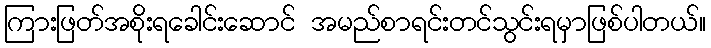
ကြားဖြတ်အစိုးရခေါင်းဆောင် အမည်စာရင်းတင်သွင်းရမှာဖြစ်ပါတယ်။